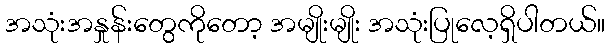
အသုံးအနှုန်းတွေကိုတော့ အမျိုးမျိုး အသုံးပြုလေ့ရှိပါတယ်။